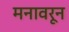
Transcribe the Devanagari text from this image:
मनावरून